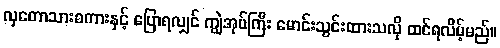
လှတောသားစကားနှင့် ပြောရလျှင် ကျွဲအုပ်ကြီး မောင်းသွင်းထားသလို ထင်ရလိမ့်မည်။